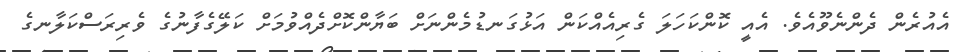
އެއުރެން ދެންނެވޫއެވެ. އެއީ ކޮންކަހަލަ ގެރިއެއްކަން އަޅުގަނޑުމެންނަށް ބަޔާންކޮށްދެއްވުމަށް ކަލޭގެފާނުގެ ވެރިރަސްކަލާނގެ